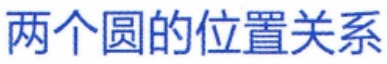
两个圆的位置关系